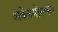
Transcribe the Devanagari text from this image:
अबेलमोस्चस